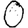
Digit: 0